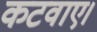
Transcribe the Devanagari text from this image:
कटवाए।